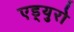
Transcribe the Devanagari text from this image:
एड्‌युरो